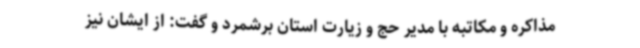
مذاکره و مکاتبه با مدیر حج و زیارت استان برشمرد و گفت: از ایشان نیز